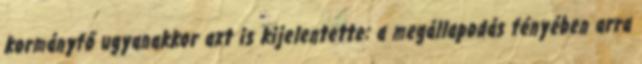
kormányfő ugyanakkor azt is kijelentette: a megállapodás fényében arra